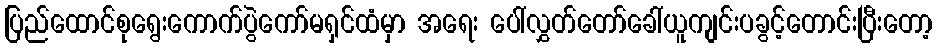
ပြည်ထောင်စုရွေးကောက်ပွဲကော်မရှင်ထံမှာ အရေး ပေါ်လွှတ်တော်ခေါ်ယူကျင်းပခွင့်တောင်းပြီးတော့